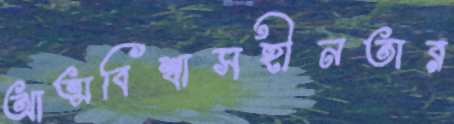
আত্মবিশ্বাসহীনতার